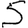
Digit: 5